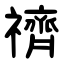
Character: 䄢